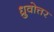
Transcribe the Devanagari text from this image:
ध्रुवोत्तर